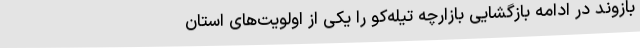
بازوند در ادامه بازگشایی بازارچه تیله‌کو را یکی از اولویت‌های استان